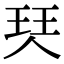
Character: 珡